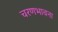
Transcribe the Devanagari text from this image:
चरणभावना